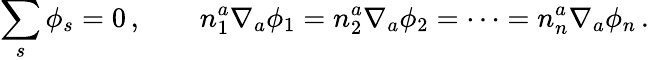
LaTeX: \sum_{s}\phi_{s}=0\, ,\qquad n_{1}^{a}\nabla_{a}\phi_{1}=n_{2}^{a}\nabla_{a}\phi_{2}=\cdots=n_{n}^{a}\nabla_{a}\phi_{n}\, .